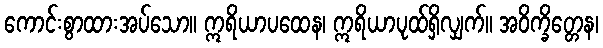
ကောင်းစွာထားအပ်သော။ ဣရိယာပထေန၊ ဣရိယာပုထ်ရှိလျှက်။ အဝိက္ခိတ္တေန၊